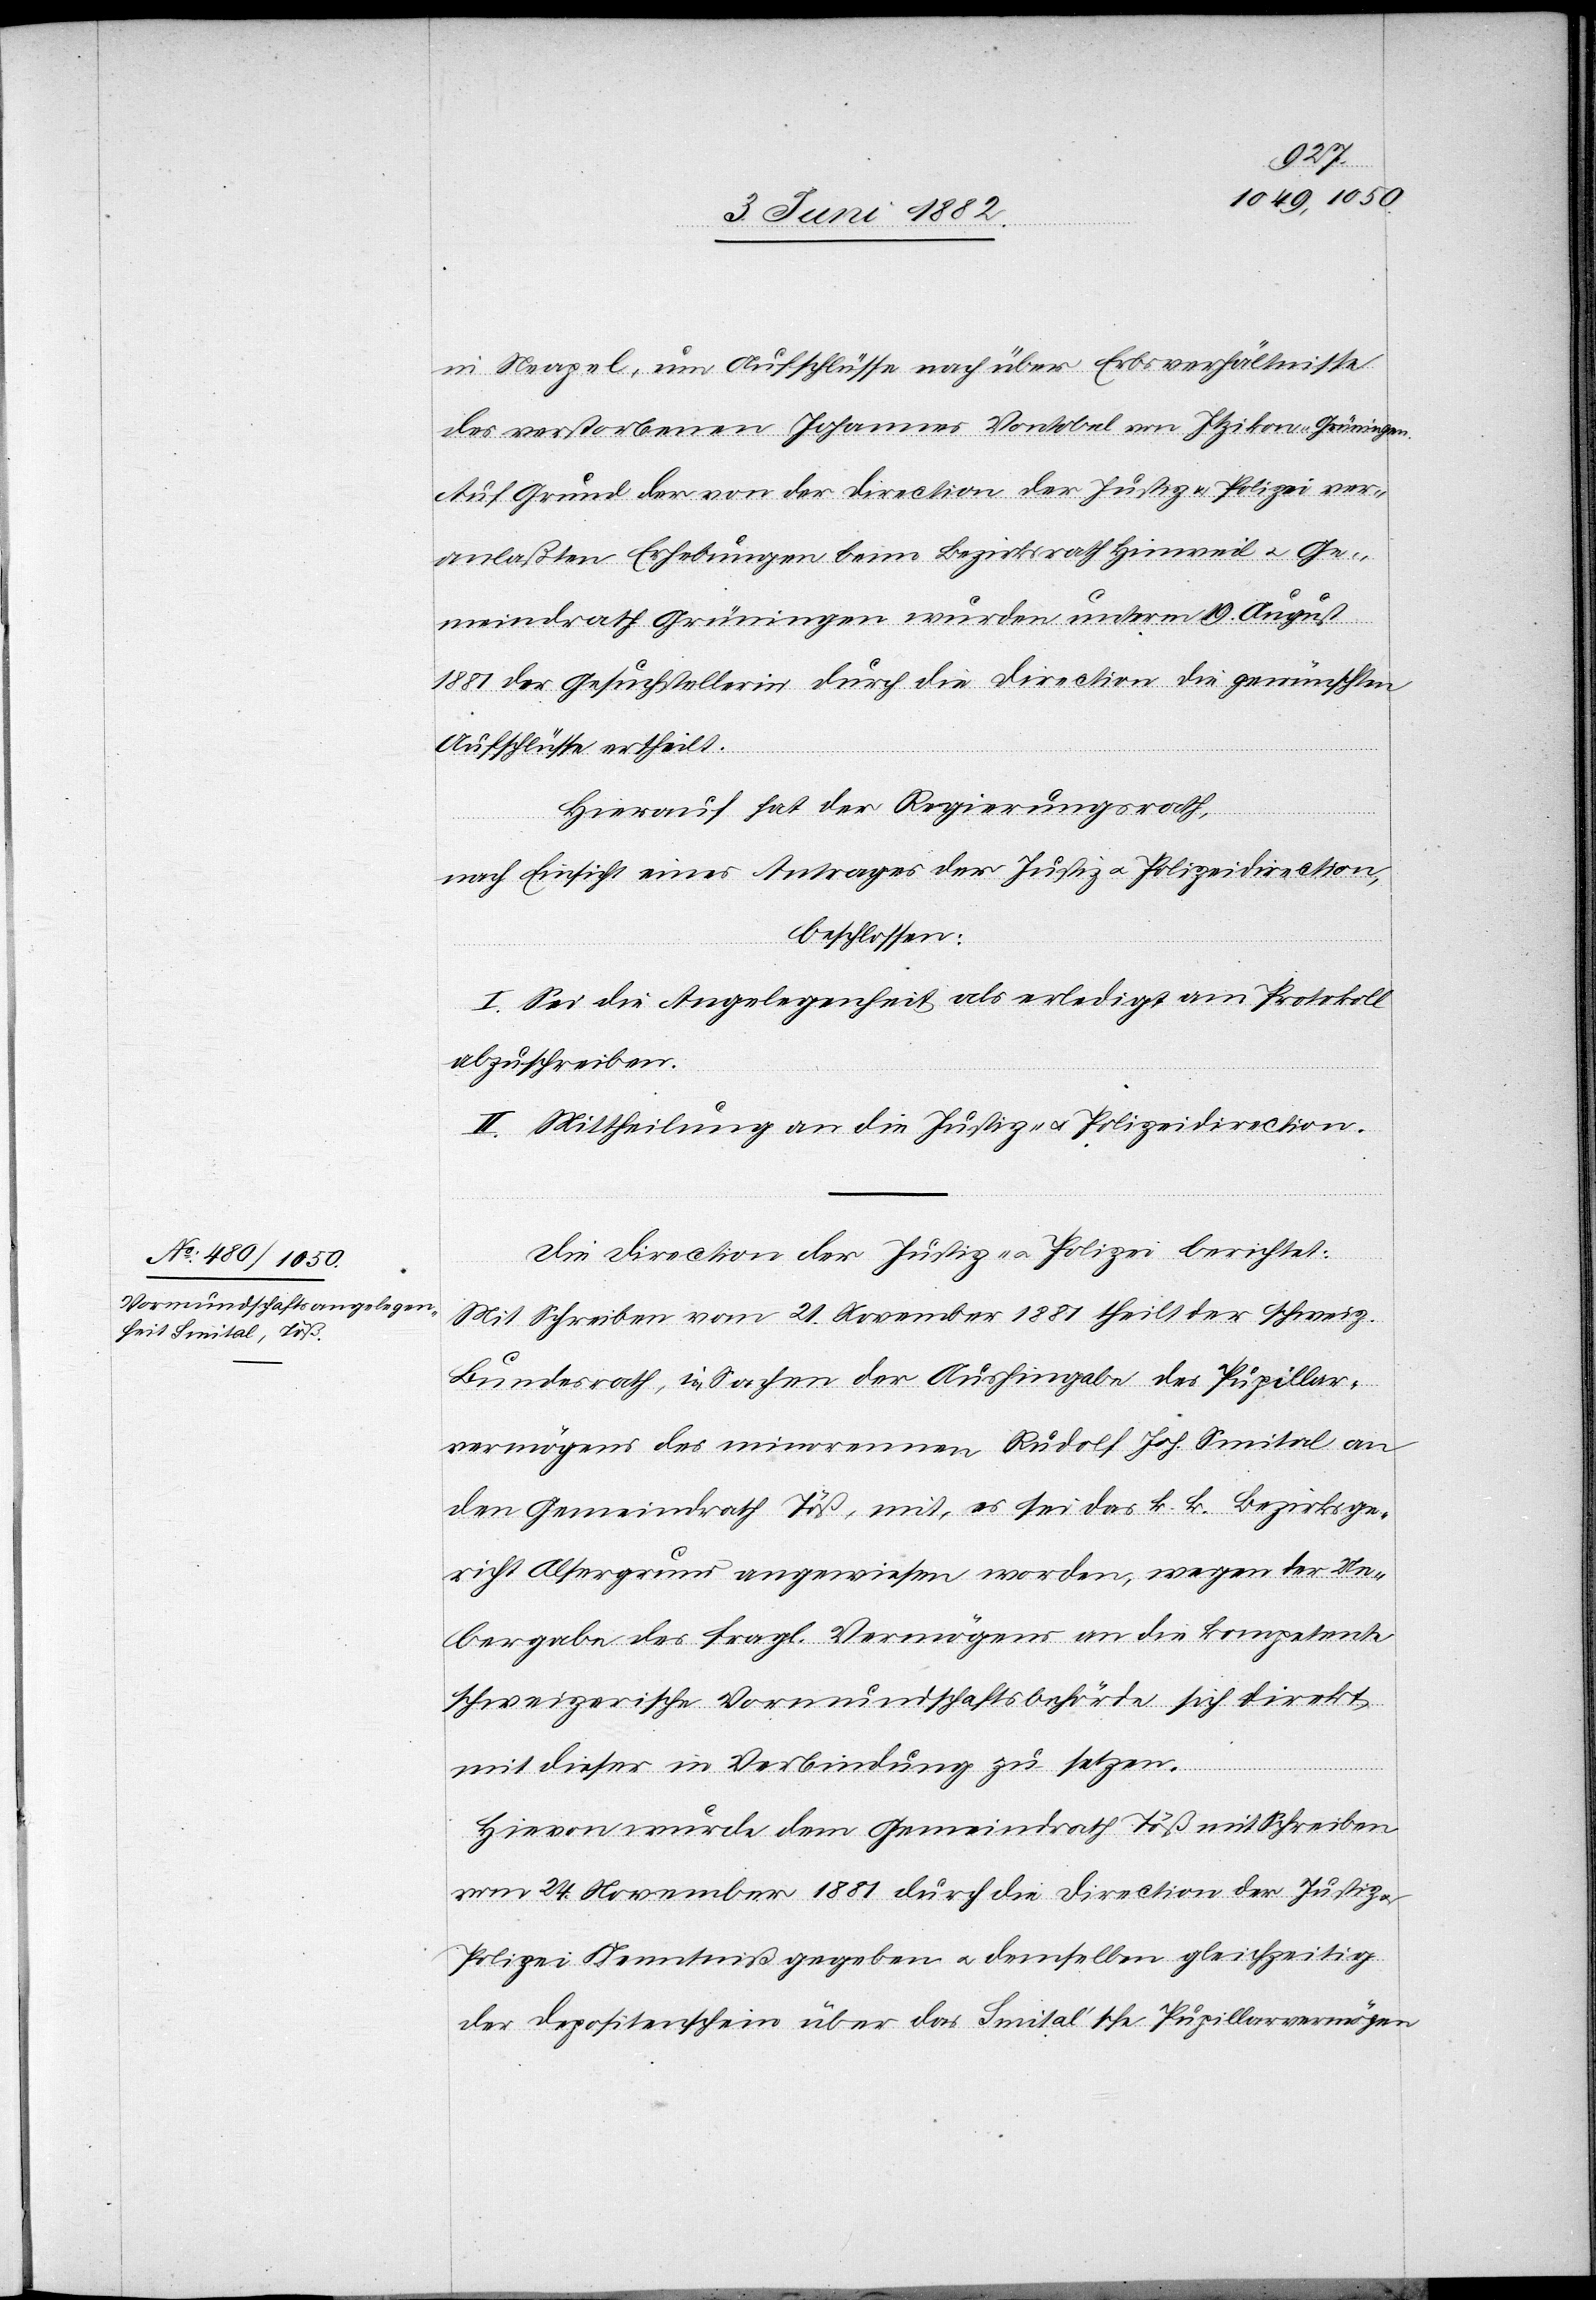
in Neapel, um Aufschlüsse nach über Erbsverhältnisse
des verstorbenen Johannes Vontobel von Itzikon - Grüningen.
Auf Grund der von der Direction der Justiz & Polizei ver¬
anlaßten Erhebungen beim Bezirksrath Hinweil u. Ge¬
meindrath Grüningen wurden unterm 19. August
1881 der Gesuchstellerin durch die Direction die gewünschten
Aufschlüsse ertheilt.
Hierauf hat der Regierungsrath,
nach Einsicht eines Antrages der Justiz- u. Polizeidirection,
beschlossen:
I. Sei die Angelegenheit als erledigt am Protokoll
abzuschreiben.
II. Mittheilung an die Justiz- u. Polizeidirection.
Die Direction der Justiz- [sic!] u. Polizei berichtet:
Mit Schreiben vom 21. November 1881 theilt der schweiz.
Bundesrath, in Sachen der Aushingabe des Pupillar¬
vermögens des minorennen Rudolf Joh. Smital an
den Gemeindrath Töß, mit, es sei das k. k. Bezirksge¬
richt Alsergrund angewiesen worden, wegen der Ue¬
bergabe des fragl. Vermögens an die kompetente
schweizerische Vormundschaftsbehörde sich direkt
mit dieser in Verbindung zu setzen.
Hievon wurde dem Gemeindrath Töß mit Schreiben
vom 24. November 1881 durch die Direction der Justiz u.
Polizei Kenntniß gegeben u. demselben gleichzeitig
der Depositenschein über das Simtal’sche Pupillarvermögen